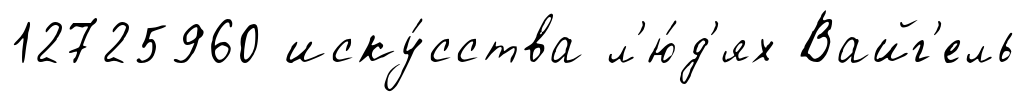
12725960 иску́сства л'ю́д'ях Вайг'ель